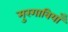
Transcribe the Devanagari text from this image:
मुरगाबियाँ